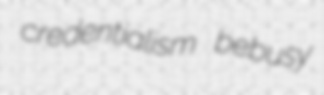
credentialism bebusy